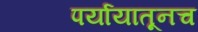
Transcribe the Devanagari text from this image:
पर्यायातूनच